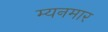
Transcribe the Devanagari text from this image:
म्यनमार